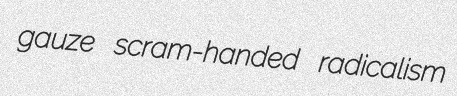
gauze scram-handed radicalism